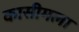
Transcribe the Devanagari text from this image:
कासीमला